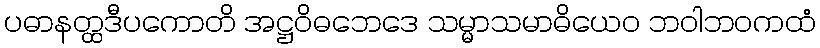
ပဓာနတ္ထဒီပကောတိ အဋ္ဌဝိဓဘေဒေ သမ္မာသမာဓိယေဝ ဘဝါဘဝကထံ